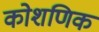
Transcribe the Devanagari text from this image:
कोशणिक